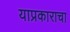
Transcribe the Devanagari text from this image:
याप्रकाराचा